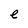
Character: e